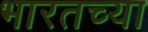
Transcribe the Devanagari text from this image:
भारतच्या